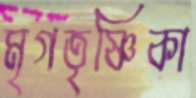
মৃগতৃষ্ণিকা